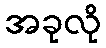
အခုလို